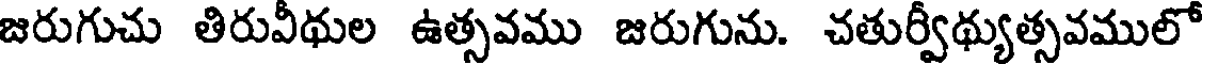
జరుగుచు తిరువీథుల ఉత్సవము జరుగును. చతుర్వీథ్యుత్సవములో